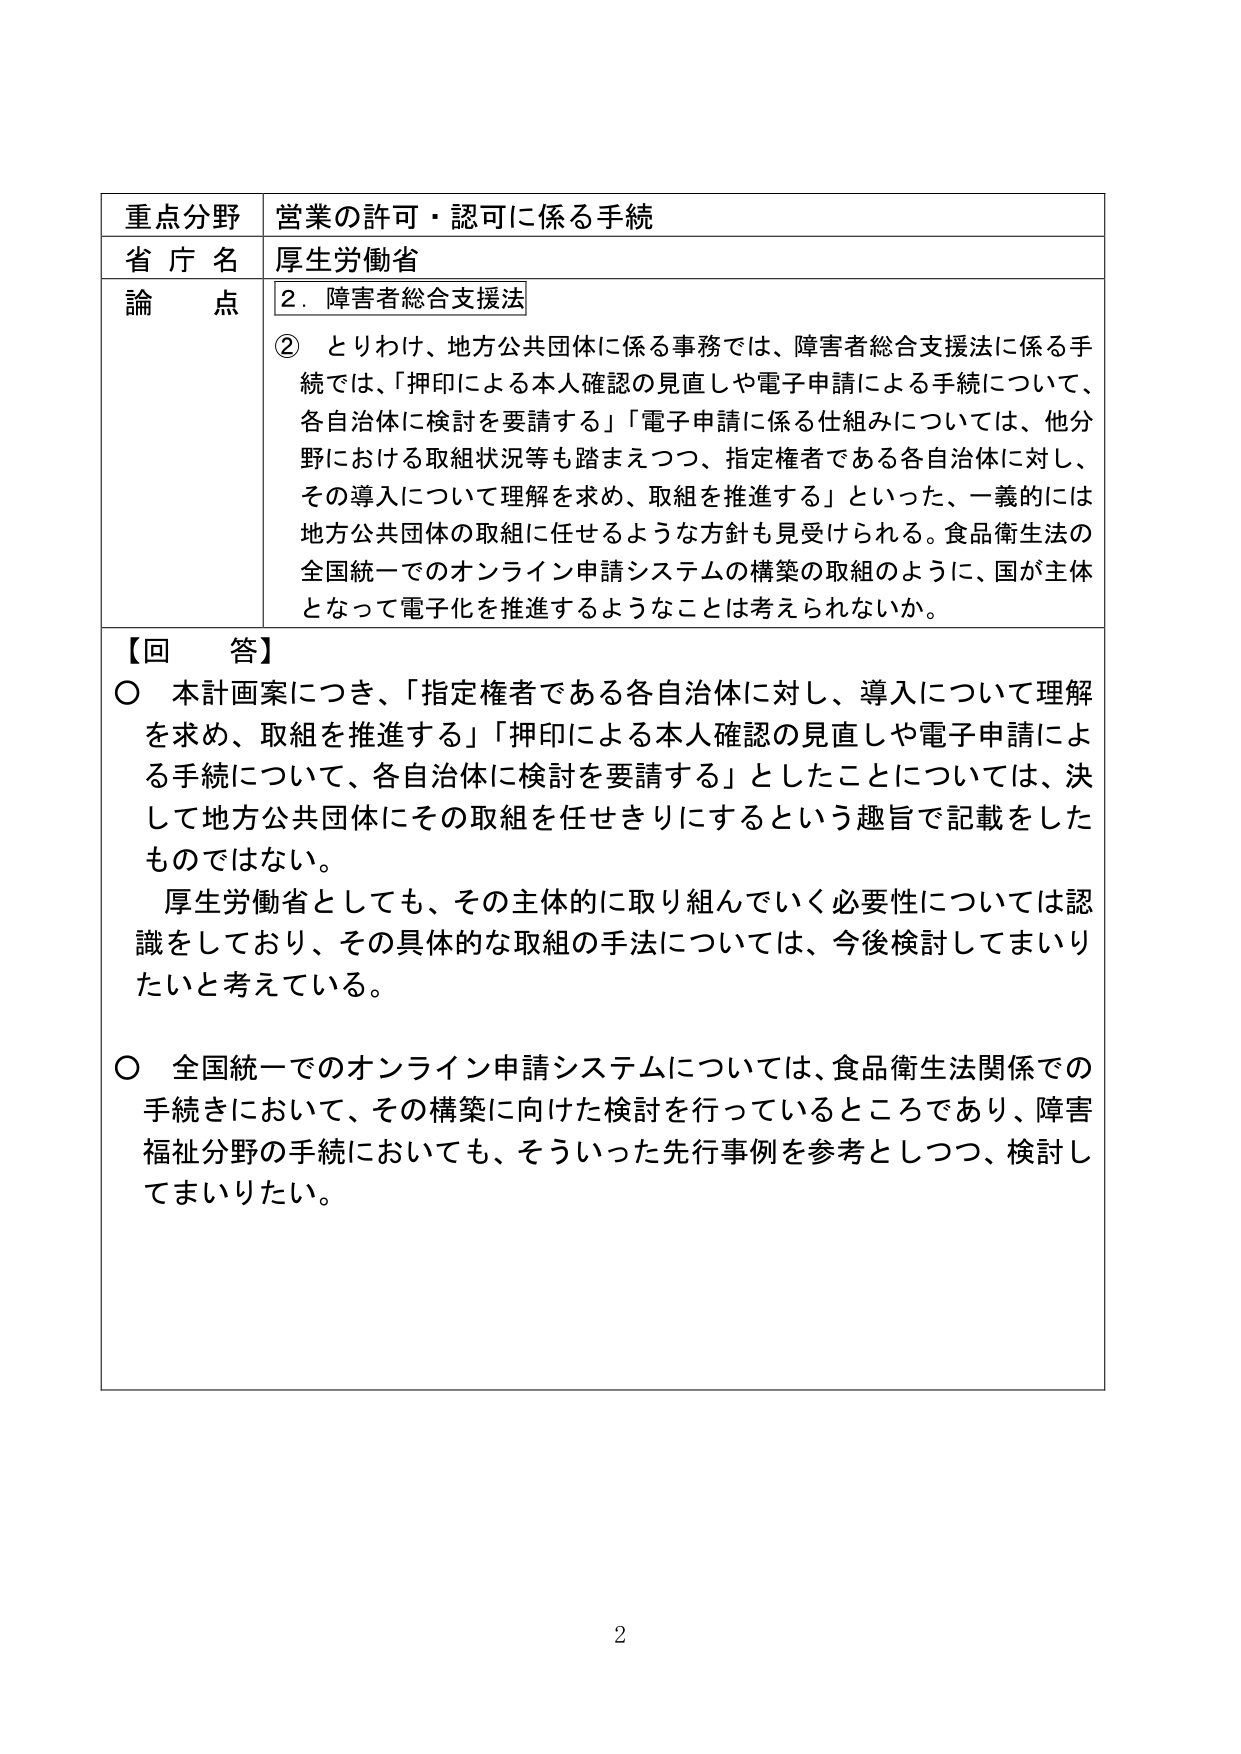
重点分野 営業の許可・認可に係る手続
省庁名 厚生労働省
論点 2．障害者総合支援法
② とりわけ、地方公共団体に係る事務では、障害者総合支援法に係る手続では、「押印による本人確認の見直しや電子申請による手続について、各自治体に検討を要請する」「電子申請に係る仕組みについては、他分野における取組状況等も踏まえつつ、指定権者である各自治体に対し、その導入について理解を求め、取組を推進する」といった、一義的には地方公共団体の取組に任せるような方針も見受けられる。食品衛生法の全国統一でのオンライン申請システムの構築の取組のように、国が主体となって電子化を推進するようなことは考えられないか。
【回答】
○ 本計画案につき、「指定権者である各自治体に対し、導入について理解を求め、取組を推進する」「押印による本人確認の見直しや電子申請による手続について、各自治体に検討を要請する」としたことについては、決して地方公共団体にその取組を任せきりにするという趣旨で記載をしたものではない。
厚生労働省としても、その主体的に取り組んでいく必要性については認識をしており、その具体的な取組の手法については、今後検討してまいりたいと考えている。
○ 全国統一でのオンライン申請システムについては、食品衛生法関係での手続きにおいて、その構築に向けた検討を行っているところであり、障害福祉分野の手続においても、そういった先行事例を参考としつつ、検討してまいりたい。
2